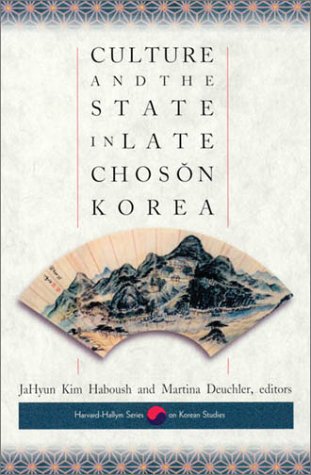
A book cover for Culture and the State in Late Choson Korea (Harvard East Asian Monographs); Religion & Spirituality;